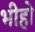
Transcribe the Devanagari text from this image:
भीहो